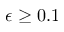
\epsilon \geq 0 . 1